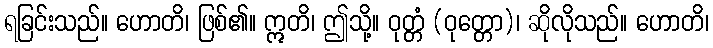
ရခြင်းသည်။ ဟောတိ၊ ဖြစ်၏။ ဣတိ၊ ဤသို့။ ဝုတ္တံ (ဝုတ္တော)၊ ဆိုလိုသည်။ ဟောတိ၊